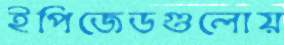
ইপিজেডগুলোয়